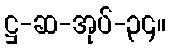
ဋ္ဌ-ဆ-အုပ်-၃၄။